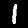
Digit: 1